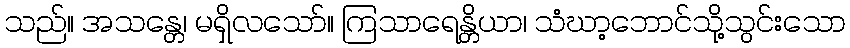
သည်။ အသန္တေ၊ မရှိလသော်။ ကြသာရေန္တိယာ၊ သံဃာ့ဘောင်သို့သွင်းသော